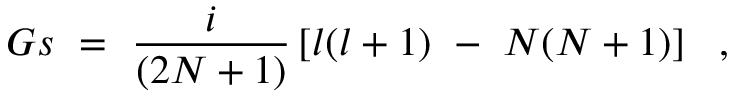
G s ~ = ~ { \frac { i } { ( 2 N + 1 ) } } \left[ l ( l + 1 ) ~ - ~ N ( N + 1 ) \right] ~ ~ ,